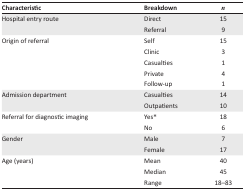
<table><thead><tr><td><b>Characteristic</b></td><td><b>Breakdown</b></td><td><b><i>n</i></b></td></tr></thead><tbody><tr><td>Hospital entry route</td><td>Direct</td><td>15</td></tr><tr><td></td><td>Referral</td><td>9</td></tr><tr><td>Origin of referral</td><td>Self</td><td>15</td></tr><tr><td></td><td>Clinic</td><td>3</td></tr><tr><td></td><td>Casualties</td><td>1</td></tr><tr><td></td><td>Private</td><td>4</td></tr><tr><td></td><td>Follow-up</td><td>1</td></tr><tr><td>Admission department</td><td>Casualties</td><td>14</td></tr><tr><td></td><td>Outpatients</td><td>10</td></tr><tr><td>Referral for diagnostic imaging</td><td>Yes*</td><td>18</td></tr><tr><td></td><td>No</td><td>6</td></tr><tr><td>Gender</td><td>Male</td><td>7</td></tr><tr><td></td><td>Female</td><td>17</td></tr><tr><td>Age (years)</td><td>Mean</td><td>40</td></tr><tr><td></td><td>Median</td><td>45</td></tr><tr><td></td><td>Range</td><td>18–83</td></tr></tbody></table>